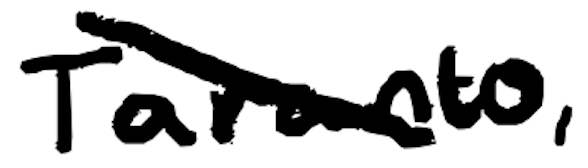
Text: Taranto,
Cross-out: diagonal
Writing tool: digital_black